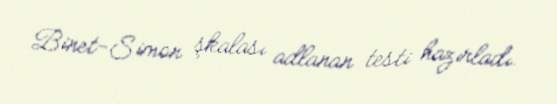
Binet-Simon şkalası adlanan testi hazırladı.